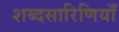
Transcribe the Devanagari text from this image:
शब्दसारिणियाँ